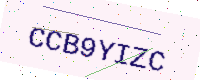
Text: CCB9YIZC